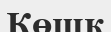
Көшк